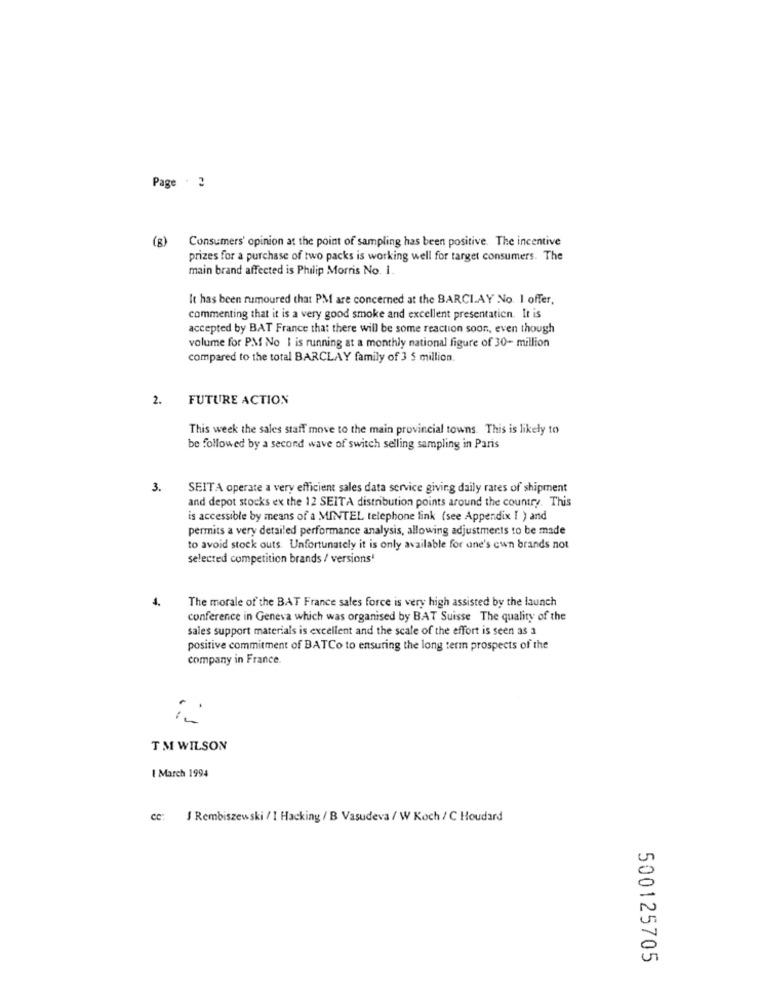
Page . 2
(g) Consumers' opinion at the point of sampling has been positive. The incentive
prizes for a purchase of two packs is working well for target consumers. The
main brand affected is Philip Morris No. 1.
It has been rumoured that PM are concerned at the BARCIAY No. I offer,
commenting that it is a very good smoke and excellent presentatien. It is
accepted by BAT France that there will be some reaction soon, even though
volume for PM No I is running at a monthly national figure of 30- million
compared to the total BARCLAY family of 3 5 million.
2. FUTURE ACTION
This week the sales staff move to the main provincial towns. This is likely to
be followed by a second wave of switch selling sampling in Paris
3.
SEITA operate a very efficient sales data service giving daily rates of shipment
and depot stocks ex the 12 SEITA distribution points around the country. This
is accessible by means of a MINTEL telephone link (see Appendix I ) and
permits a very detailed performance analysis, allowing adjustments to be made
to avoid stock outs. Unfortunately it is only available for one's own brands not
selected competition brands / versions'
4.
The morale of the BAT France sales force is very high assisted by the launch
conference in Geneva which was organised by BAT Suisse The quality of the
sales support materials is excellent and the scale of the effort is seen as a
positive commitment of BATCo to ensuring the long term prospects of the
company in France
in
TM WILSON
I March 1994
cc: J Rembiszewski / I Hacking / B Vasudeva / W Koch / C Houdard
500125705